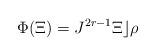
LaTeX: \begin{gather*}\Phi(\Xi)=J^{2r-1}\Xi\rfloor\rho\end{gather*}